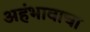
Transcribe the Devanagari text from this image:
अहंभावाचा